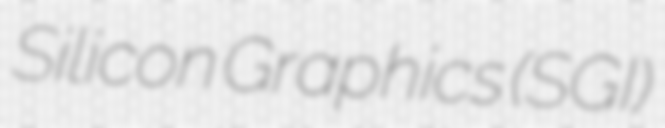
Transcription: Silicon Graphics (SGI)